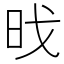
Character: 𮲜